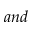
a n d